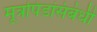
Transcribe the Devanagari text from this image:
मूत्रपिंडांसंबंधी